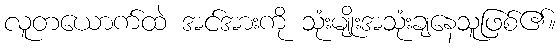
လူတယောက်ထဲ အင်အားကို သုံးမျိုးအသုံးချနေသူဖြစ်၏။